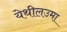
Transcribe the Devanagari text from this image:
येथीलउमा